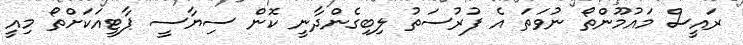
ރައީސް މައުމޫންތޯ ނުވަތަ އެ ފުރުސަތު ލިބިގެންދާނީ ކޮން ސިޔާސީ ޕާޓީއަކަށްތޯ މިއީ